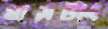
মাসটাং